Annual vaccination report of Bihar and Orissa - 1911-1928
Year: 1911
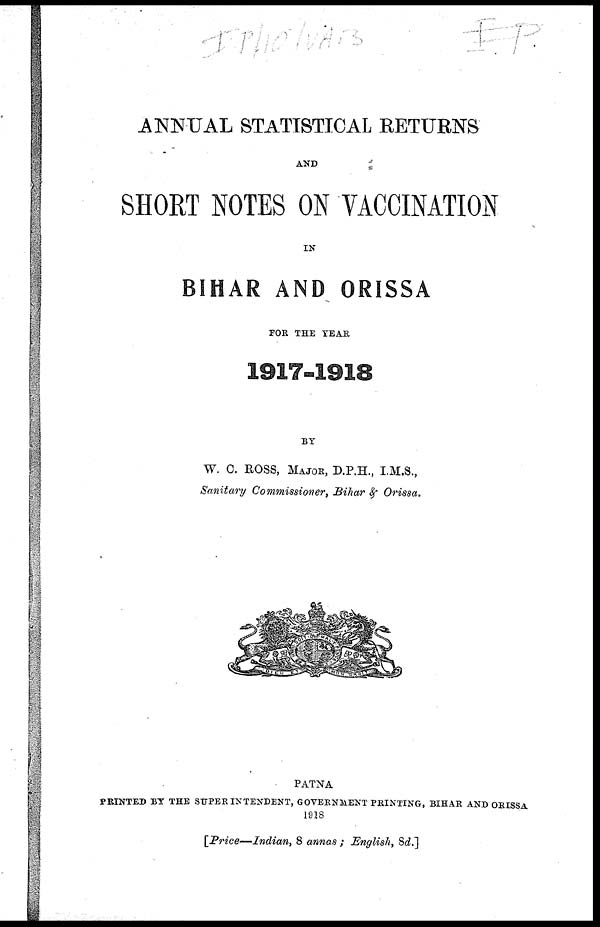
ANNUAL STATISTICAL RETURNS
AND
SHORT NOTES ON VACCINATION
IN
BIHAR AND ORISSA
FOR THE YEAR
1917-1918
BY
W. C. ROSS, MAJOR, D.P.H., I.M.S.,
Sanitary Commissioner, Bihar & Orissa.
PATNA
PRINTED BY THE SUPERINTENDENT, GOVERNMENT PRINTING, BIHAR AND ORISSA
1918
[Price — Indian, 8 annas ; English, 8d.]